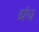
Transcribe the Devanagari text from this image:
ग्रंध